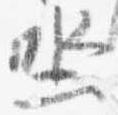
坐